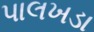
પાલખડા